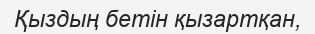
Қыздың бетiн қызартқан,